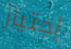
إجتياز